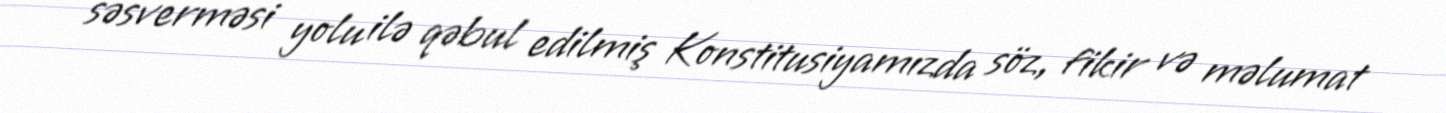
səsverməsi yolu ilə qəbul edilmiş Konstitusiyamızda söz, fikir və məlumat